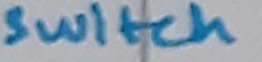
Text: Switch